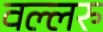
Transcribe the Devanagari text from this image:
वल्लरु